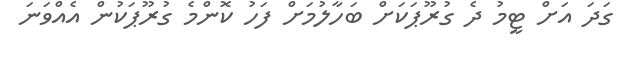
ގަދަ އަށް ޓީމު ދެ ގުރޫޕަކަށް ބަހާލުމަށް ފަހު ކޮންމެ ގުރޫޕަކުން އެއްވަނަ